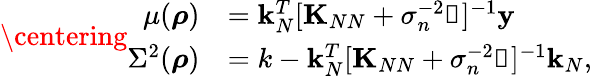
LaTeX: \centering\begin{array}{rl}{\mu(\boldsymbol{\mathbf{\rho}})}&{=\boldsymbol{\mathbf{k}}_{N}^{T}[\boldsymbol{\mathbf{K}}_{NN}+\sigma_{n}^{-2}\boldsymbol{\mathbf{\mathbb{1}}}]^{-1}\boldsymbol{\mathbf{y}}}\\ {\Sigma^{2}(\boldsymbol{\mathbf{\rho}})}&{=k-\boldsymbol{\mathbf{k}}_{N}^{T}[\boldsymbol{\mathbf{K}}_{NN}+\sigma_{n}^{-2}\boldsymbol{\mathbf{\mathbb{1}}}]^{-1}\boldsymbol{\mathbf{k}}_{N},}\end{array}